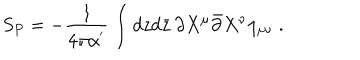
LaTeX: S _ { P } = - \frac { 1 } { 4 \pi \alpha ^ { ' } } \int d z d \bar { z } \, \partial X ^ { \mu } \bar { \partial } X ^ { \nu } \eta _ { \mu \nu } \; .